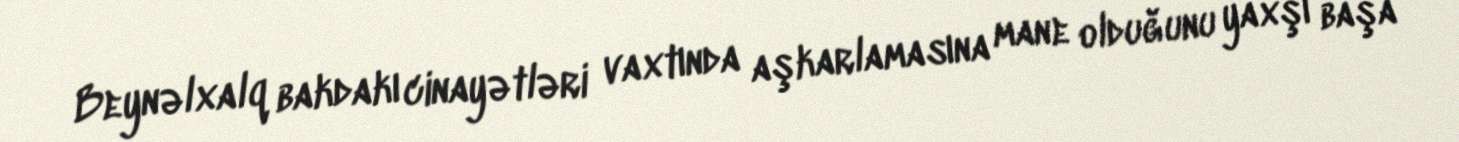
Beynəlxalq bakdakı cinayətləri vaxtında aşkarlamasına mane olduğunu yaxşı başa